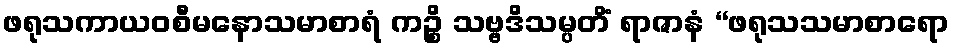
ဖရုသကာယဝစီမနောသမာစာရံ ကဉ္စိ သဗ္ဗဒိသမ္ပတိံ ရာဇာနံ “ဖရုသသမာစာရော